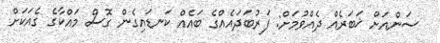
ސަންއަށް ޚަބަރެއް ދެއްވުމަށް: ފަރުބަދައެއްގެ ބައެއް ކަނޑައިގެން ގޮސް މައްކާގެ ގެއަކަށް